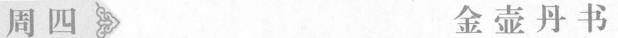
周四 金壶丹书